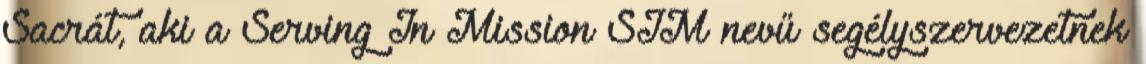
Sacrát, aki a Serving In Mission SIM nevű segélyszervezetnek